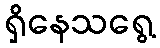
ရှိနေသရွေ့